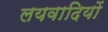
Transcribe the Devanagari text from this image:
लयवादियों